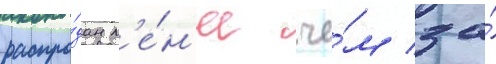
распро́дан м'е́н'ее че́м за́